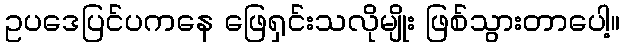
ဥပဒေပြင်ပကနေ ဖြေရှင်းသလိုမျိုး ဖြစ်သွားတာပေါ့။